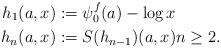
LaTeX: \begin{align*} h_1(a,x)&:=\psi^f_0(a)-\log x\\ h_n(a,x)&:= S(h_{n-1})(a,x) n\geq 2. \end{align*}